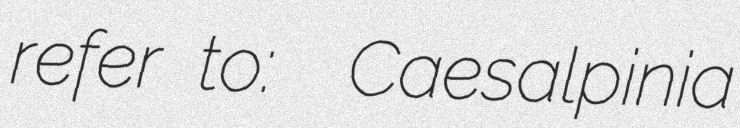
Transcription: refer to:  Caesalpinia